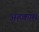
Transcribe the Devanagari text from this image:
अहकाम